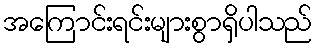
အကြောင်းရင်းများစွာရှိပါသည်